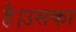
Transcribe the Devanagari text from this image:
है।उसका